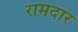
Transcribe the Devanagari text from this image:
रामदार